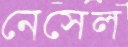
নেসেল